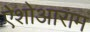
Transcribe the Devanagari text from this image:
ऐशोआराम